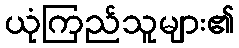
ယုံကြည်သူများ၏